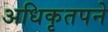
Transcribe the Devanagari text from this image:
अधिकृतपने